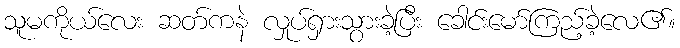
သူမကိုယ်လေး ဆတ်ကနဲ လှုပ်ရှားသွားခဲ့ပြီး ခေါင်းမော်ကြည့်ခဲ့လေ၏။